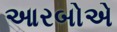
આરબોએ